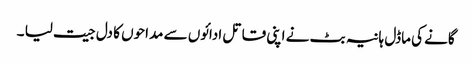
گانے کی ماڈل ہانیہ بٹ نے اپنی قاتل ادائوں سے مداحوں کا دل جیت لیا ۔